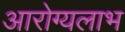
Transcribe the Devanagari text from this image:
आरोग्यलाभ